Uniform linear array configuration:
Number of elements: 12
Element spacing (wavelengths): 0.5
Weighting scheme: cosine
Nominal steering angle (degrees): -60
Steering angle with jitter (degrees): -61.886
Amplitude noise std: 0.05
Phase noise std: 0.05

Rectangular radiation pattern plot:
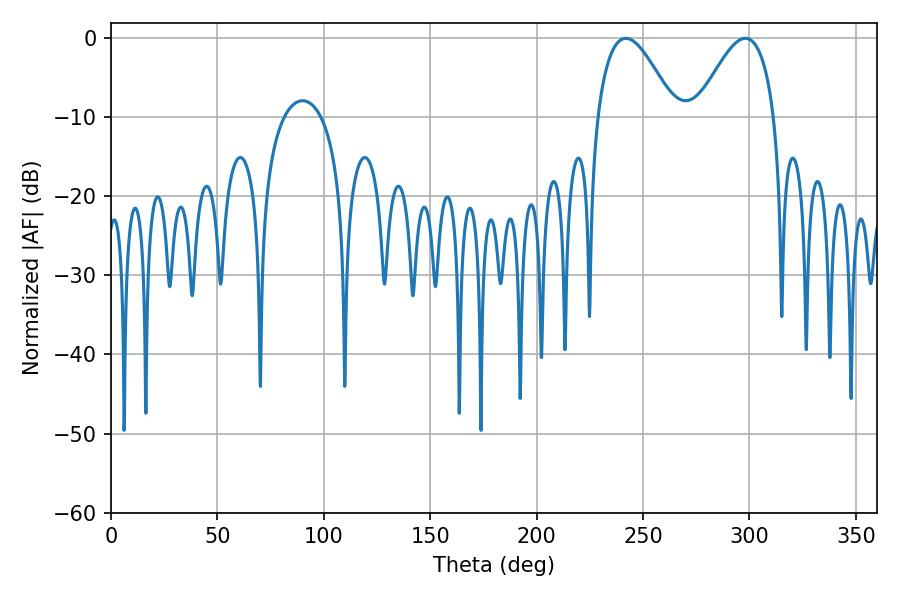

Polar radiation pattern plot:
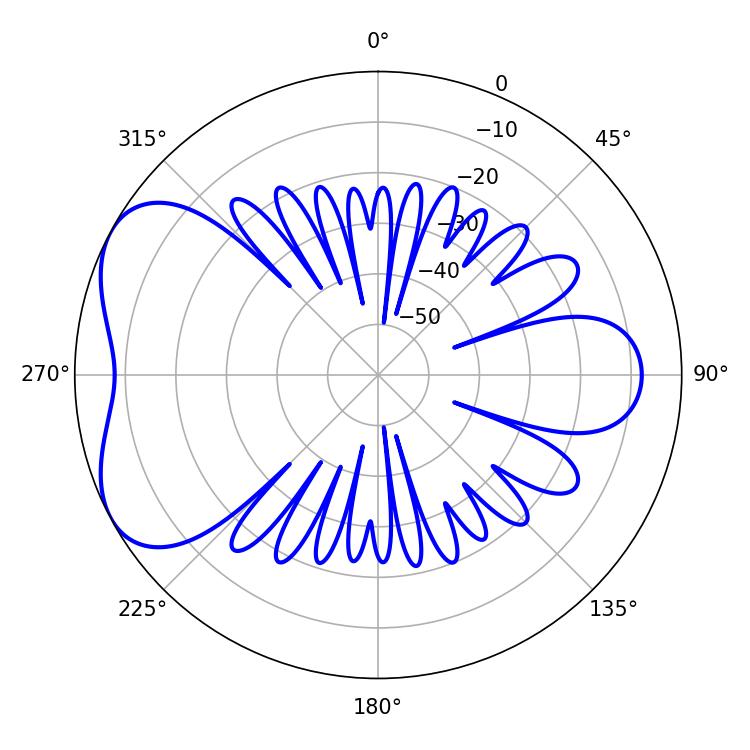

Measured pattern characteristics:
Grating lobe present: FALSE
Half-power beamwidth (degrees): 19.8
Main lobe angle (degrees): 241.92